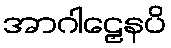
အာဂါဠှေနပိ